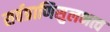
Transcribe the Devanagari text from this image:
सर्वप्राणिसुलभत्व